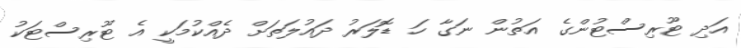
އަދި ޓޫރިސްޓުންގެ އަތުން ނަގާ ހަ ޑޮލަރު ދައުލަތަށް ދެއްކުމަކީ އެ ޓޫރިސްޓަކު